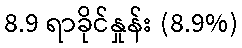
8.9 ရာခိုင်နှုန်း (8.9%)